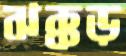
ঝক্কড়